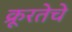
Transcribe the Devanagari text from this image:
क्रूरतेचे